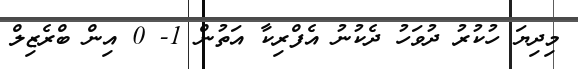
މިދިޔަ ހުކުރު ދުވަހު ދެކުނު އެފްރިކާ އަތުން 1- 0 އިން ބްރެޒިލް